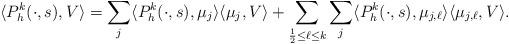
LaTeX: \begin{align*} \langle P_h^k(\cdot, s), V \rangle = \sum_j \langle P_h^k(\cdot, s), \mu_j \rangle \langle \mu_j, V \rangle + \sum_{\frac{1}{2} \leq \ell \leq k} \sum_j \langle P_h^k(\cdot, s), \mu_{j,\ell}\rangle \langle \mu_{j,\ell}, V \rangle.\end{align*}